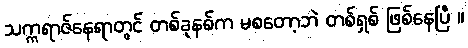
သက္ကရာဇ်နေရာတွင် တစ်ခုနစ်က မစတော့ဘဲ တစ်ရှစ် ဖြစ်နေပြီ ။